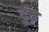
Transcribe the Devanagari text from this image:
दूंढ़